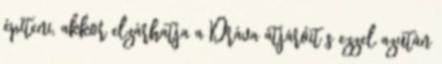
építeni, akkor elzárhatja a Dráva átjáróit s ezzel azután